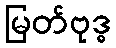
မြတ်ဗုဒ္ဓ